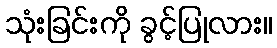
သုံးခြင်းကို ခွင့်ပြုလား။